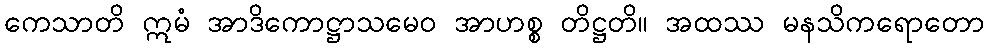
ကေသာတိ ဣမံ အာဒိကောဋ္ဌာသမေဝ အာဟစ္စ တိဋ္ဌတိ။ အထဿ မနသိကရောတော